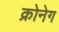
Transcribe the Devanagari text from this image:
क्रोनेग